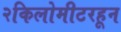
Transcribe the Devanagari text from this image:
२किलोमीटरहून